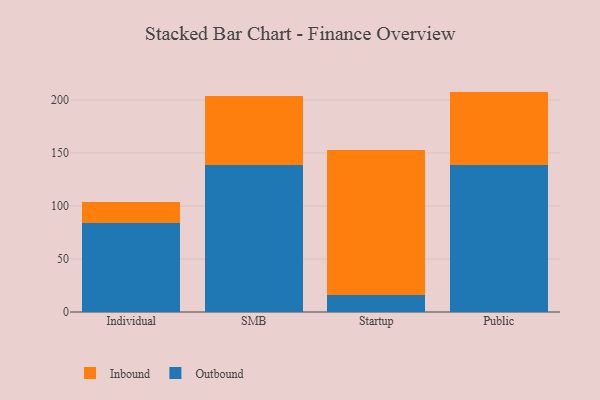
{"axis": {"x": "Segment", "y": "Net Income (USD K)"}, "legend": ["Inbound", "Outbound"], "data": [{"x": "Individual", "y": 83.9, "type": "Outbound"}, {"x": "Individual", "y": 19.7, "type": "Inbound"}, {"x": "SMB", "y": 138.6, "type": "Outbound"}, {"x": "SMB", "y": 65.3, "type": "Inbound"}, {"x": "Startup", "y": 16.0, "type": "Outbound"}, {"x": "Startup", "y": 136.9, "type": "Inbound"}, {"x": "Public", "y": 139.1, "type": "Outbound"}, {"x": "Public", "y": 68.8, "type": "Inbound"}]}